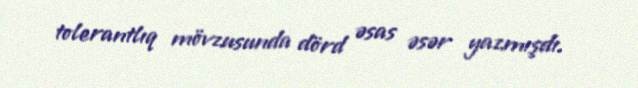
tolerantlıq mövzusunda dörd əsas əsər yazmışdı.